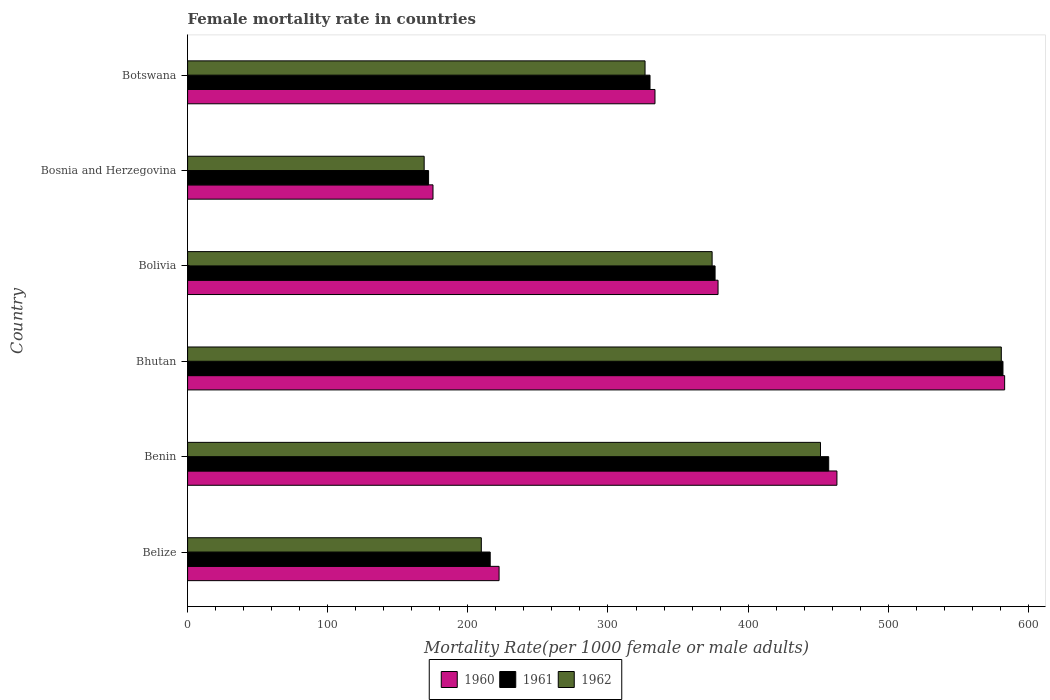
| Country | 1960 | 1961 | 1962 |
 | --- | --- | --- | --- |
 | Belize | 222 | 216 | 210 |
 | Benin | 463 | 458 | 452 |
 | Bhutan | 583 | 582 | 581 |
 | Bolivia | 379 | 376 | 374 |
 | Bosnia and Herzegovina | 175 | 172 | 169 |
 | Botswana | 334 | 330 | 326 |